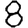
Digit: 8